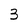
Character: 3